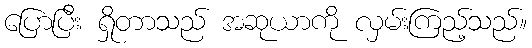
ပြောပြီး ရှိုတာသည် အဆုယာကို လှမ်းကြည့်သည်။